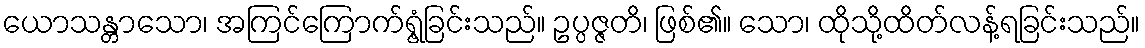
ယောသန္တာသော၊ အကြင်ကြောက်ရွံ့ခြင်းသည်။ ဥပ္ပဇ္ဇတိ၊ ဖြစ်၏။ သော၊ ထိုသို့ထိတ်လန့်ရခြင်းသည်။